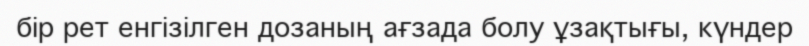
бір рет енгізілген дозаның ағзада болу ұзақтығы, күндер